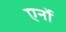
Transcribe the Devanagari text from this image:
एर्नो